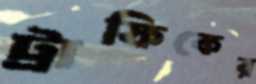
ট্রাফিকের